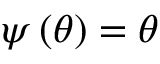
{ \boldsymbol { \psi } } \left( { \boldsymbol { \theta } } \right) = { \boldsymbol { \theta } }